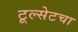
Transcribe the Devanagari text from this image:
टूल्सेटचा